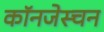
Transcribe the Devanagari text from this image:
कॉनजेस्चन